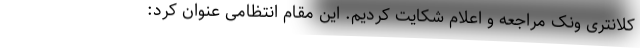
کلانتری ونک مراجعه و اعلام شکایت کردیم. این مقام انتظامی عنوان کرد: